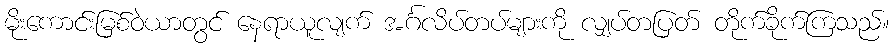
မိုးကောင်းမြစ်ဝဲယာတွင် နေရာယူလျက် အင်္ဂလိပ်တပ်များကို လျှပ်တပြတ် တိုက်ခိုက်ကြသည်။